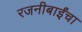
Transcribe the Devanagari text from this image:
रजनीबाईंचा